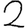
Digit: 2